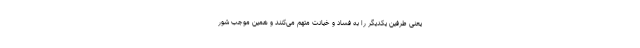
یعنی طرفین یکدیگر را به فساد و خیانت متهم می‌کنند و همین موجب شور